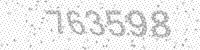
Solution: 763598